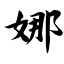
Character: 娜